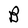
Character: B